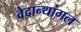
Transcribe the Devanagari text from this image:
वेदान्थांगल